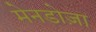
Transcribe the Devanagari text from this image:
मेनडोज़ा